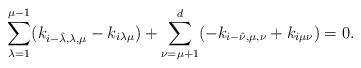
LaTeX: \begin{align*} \sum_{\lambda=1}^{\mu-1}(k_{i-\hat\lambda,\lambda,\mu}-k_{i\lambda\mu}) +\sum_{\nu=\mu+1}^d(-k_{i-\hat\nu,\mu,\nu}+k_{i\mu\nu})=0.\end{align*}